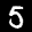
Label: 5